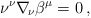
\begin{align*}\nu^\nu\nabla_{\!\nu}\beta^\mu=0\, , \end{align*}